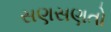
સણસણતો